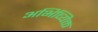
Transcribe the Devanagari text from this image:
अभिव्यिक्त